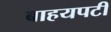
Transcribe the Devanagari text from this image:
बाहयपटी